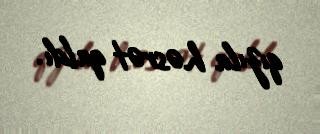
qızıla həsrət qaldı.